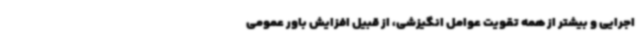
اجرایی و بیشتر از همه تقویت عوامل انگیزشی، از قبیل افزایش باور عمومی